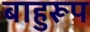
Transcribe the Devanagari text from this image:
बाहुरूप